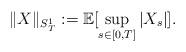
LaTeX: \begin{align*} \|X\|_{S_T^1}:= \mathbb{E}[\sup_{s\in[0,T]}|X_s|].\end{align*}